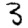
Digit: 3